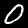
Digit: 0